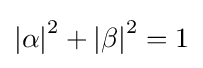
{\textstyle \left|\alpha \right|^{2}+\left|\beta \right|^{2}=1}